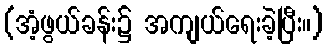
(အံ့ဖွယ်ခန်း၌ အကျယ်ရေးခဲ့ပြီး။)